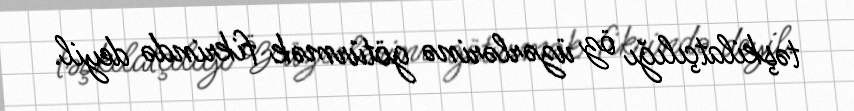
təşkilatçılığı öz üzərlərinə götürmək fikrində deyil.